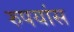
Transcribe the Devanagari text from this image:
रुपयांस